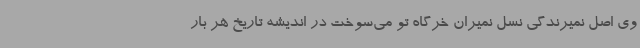
وی اصل نمیرندگی نسل نمیران خرگاه تو می‌سوخت در اندیشه تاریخ هر بار